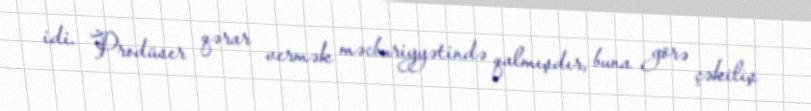
idi. Prodüser qərar vermək məcburiyyətində qalmışdır, buna görə çəkiliş